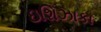
ઇશિઝાકા